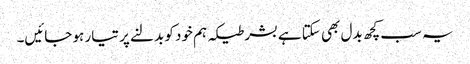
یہ سب کچھ بدل بھی سکتا ہے بشر طیکہ ہم خود کو بدلنے پر تیار ہو جائیں۔